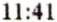
11:41